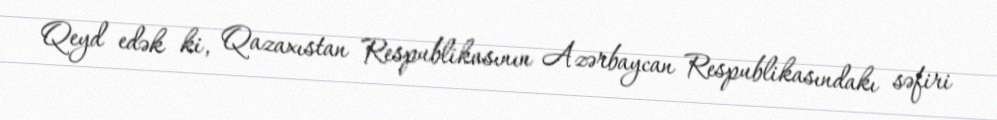
Qeyd edək ki, Qazaxıstan Respublikasının Azərbaycan Respublikasındakı səfiri